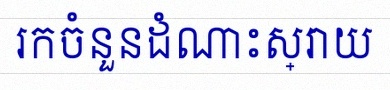
រកចំនួនដំណោះស្រាយ